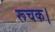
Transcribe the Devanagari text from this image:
रूचक।